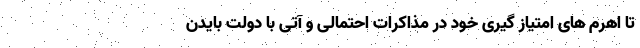
تا اهرم های امتیاز گیری خود در مذاکرات احتمالی و آتی با دولت بایدن